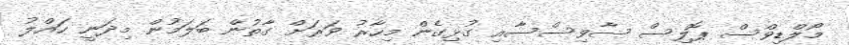
މޯލްޑިވްސް ޕޮލިސް ސާވިސްސާއި ގުޅިގެން މިހާރު ވަރަށް ގާތުން ބަލަމުން މިދަނީ ހައްލު